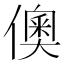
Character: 𬿪